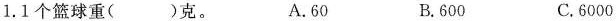
1.1个篮球重( )克。 A.60 B.600 C.6000